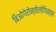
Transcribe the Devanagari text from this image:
बिओगेरोन्तोलोगिस्त्स